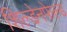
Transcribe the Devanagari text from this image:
शिल्डेनफेल्ड